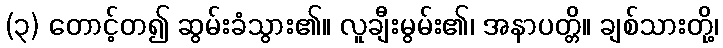
(၃) တောင့်တ၍ ဆွမ်းခံသွား၏။ လူချီးမွမ်း၏၊ အနာပတ္တိ။ ချစ်သားတို့၊